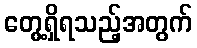
တွေ့ရှိရသည့်အတွက်